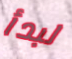
لبدأ